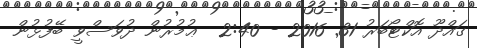
ގައްދޫ އޮކްޓޯބަރު 31